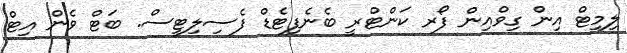
ލިމިޓް އިން ގިވްއިން ފޯރ ކަންޓްރީ ބެނެފިޓެޑް ފެސިލިޓީސް. ބަޓް ވެން އިޓް